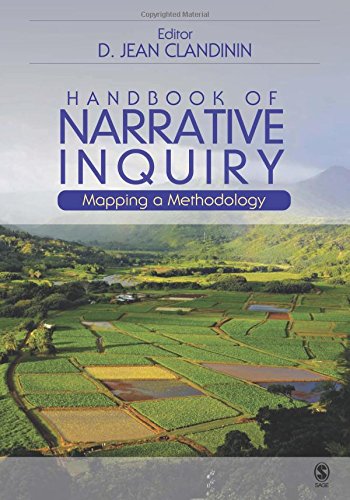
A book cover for Handbook of Narrative Inquiry: Mapping a Methodology; Politics & Social Sciences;